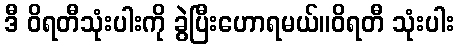
ဒီ ဝိရတီသုံးပါးကို ခွဲပြီးဟောရမယ်။ဝိရတီ သုံးပါး